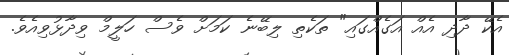
އެކޭ ދާދި އެއް އަގެއްގައި" ތަކެތި ލިބޭނެ ކަމަށް ވެސް ހަލީމް ވިދާޅުވިއެވެ.